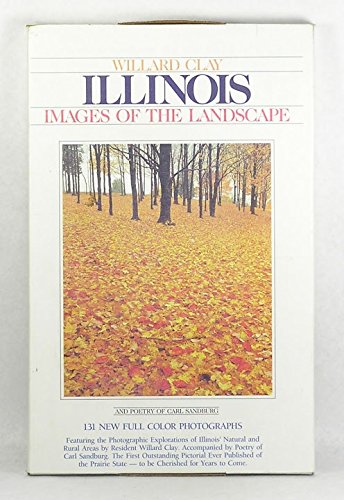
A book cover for Illinois Images of the Landscape; Willard Clay; Travel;